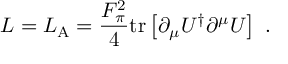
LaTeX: { \cal L } = { \cal L } _ { \mathrm { A } } = \frac { F _ { \pi } ^ { 2 } } { 4 } \mathrm { t r } \left[ \partial _ { \mu } U ^ { \dag } \partial ^ { \mu } U \right] \ .